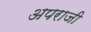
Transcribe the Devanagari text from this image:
अपराजी